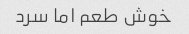
خوش طعم اما سرد